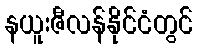
နယူးဇီလန်နိုင်ငံတွင်